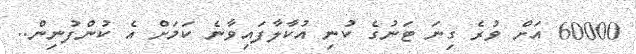
60000 އަށް ވުރެ ގިނަ ޓަނުގެ ކުނި އުކާލާފައިވާނެ ކަމަށް އެ ކުންފުނިން..